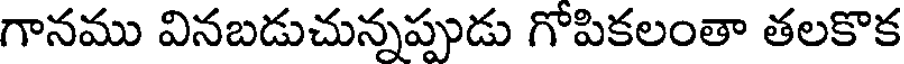
గానము వినబడుచున్నప్పుడు గోపికలంతా తలకొక